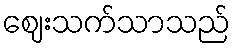
ဈေးသက်သာသည်